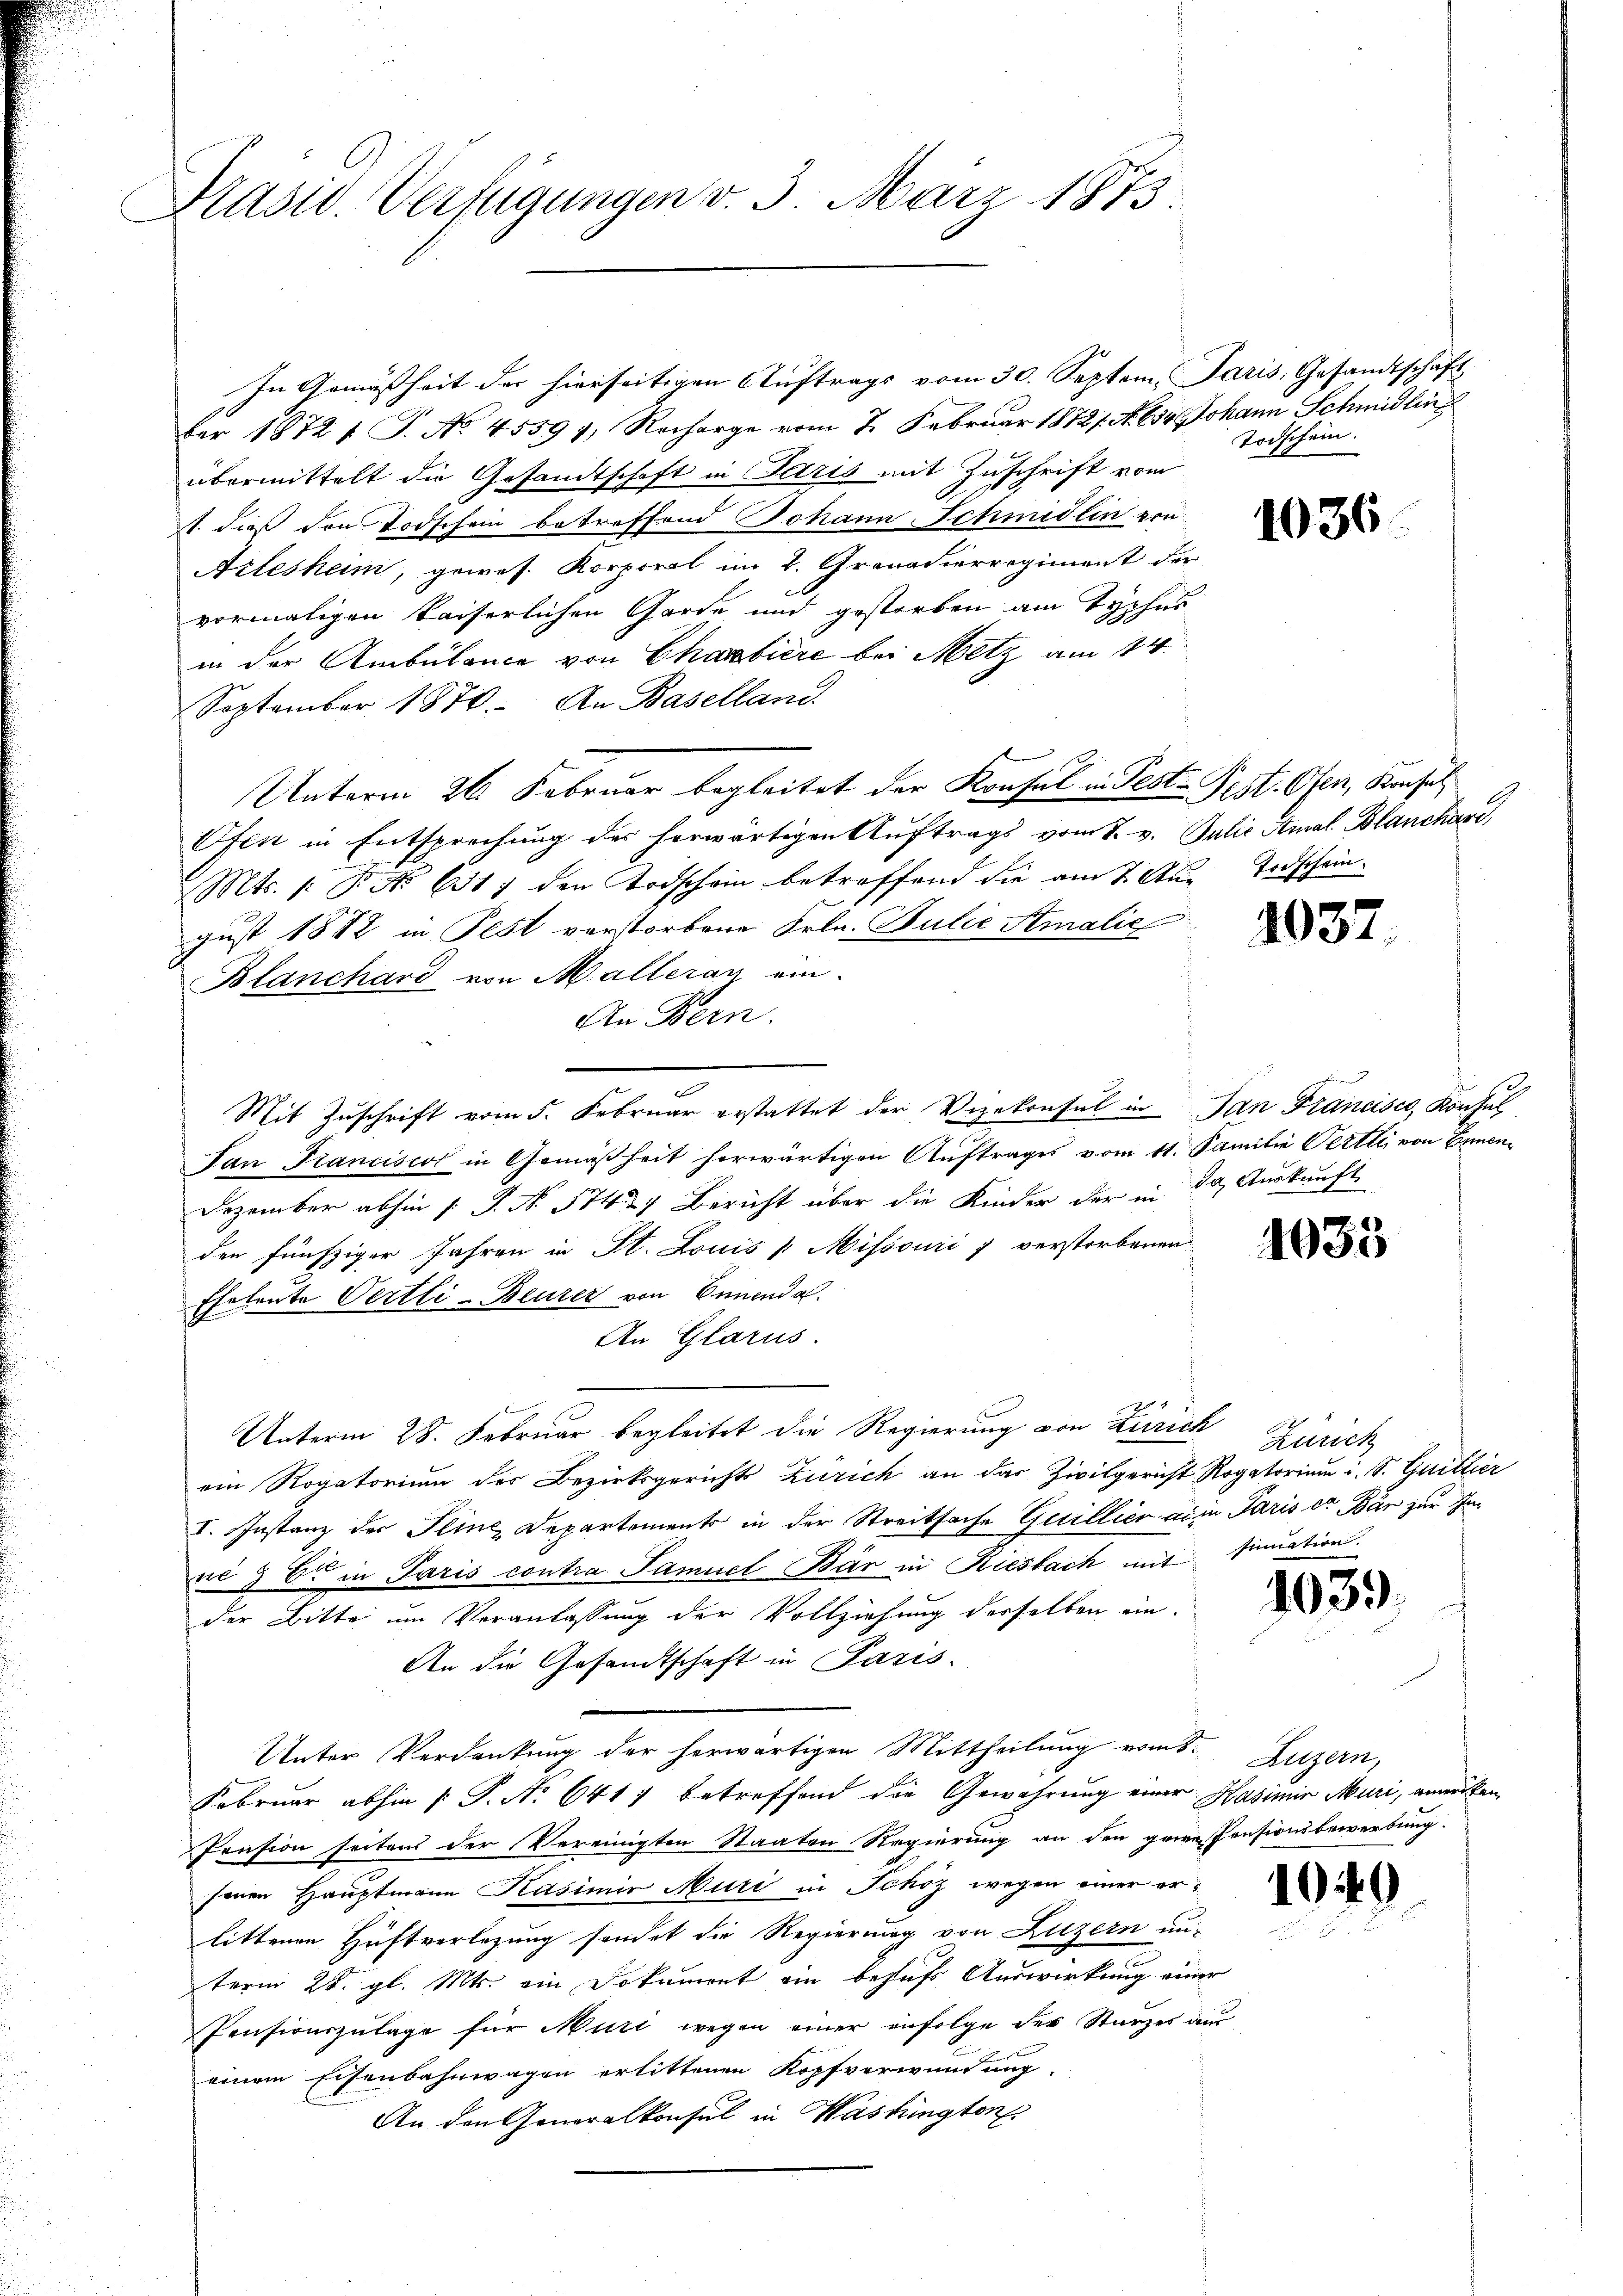
Präsid. Verfügungen v. 3. März 1873.

In Gemäßheit der hierseitigen Auftrags vom 30. Septem. Paris, Gesandtschaft
Fer 1872 f. J. No. 4559 f. Recharge vom 7. Februar 18721. No. 654 Johann Schmidlin
übermittelt die Gesandtschaft in Oetris mit Zuschrift vom
1. dieß den Todschein betreffend Johann Schmidlin von
Arlesheim, gewes. Korporal im 2. Granadierregiment der
vormaligen kaiserlichen Garte und gestorben am Tychus
in der Ambülance von Chanbiere bei Metz am 14.
September 1870. An Baselland.
Unterm 26. Februar begleitet der Konsul in Fest-Fest. Ofen, Konsul
Ofen in Entsprechung des herwärtigen Auftrags vom 7. v. Julis Amal Blanchard,
Mts. (: B. No 6317 den Todschein betreffend die am 7. Aug.
gust 1882 in Fest verstorbene Frln. Bulić Amalić
Blanchard von M. alleray ein
An Bern.
Mit Zuschrift vom 5. Februar erstattet der Vizekonsul in San Francisco, Konsul
San Franciscot in Gemäßheit herwärtigen Auftrages vom 11. Familie Pertli von Ernen¬
Dezember abhin [ P. N. 51427 Bericht über die Kinder der in da Auskunft
den fünfziger Jahren in St. Louis /: Missouri verstorbenen
Eheleute Oertli - Beurer von Ennenda
An Glarus.
Unterm 28. Februar begleitet die Regierung von Zürich
ein Rogatorium des Bezirksgericht Zürich an das Zivilgericht Rogatorium i. S. Guillier
I. Instanz der Seine Departements in der Streitsache Guillier an in Paris der Bär zur Inve 3 Er in Paris contra Samuel Bär in Riesbach mit sinuation.
der Bitte um Veranlassung der Vollziehung desselben ein-
An die Gesandtschaft in Paris.
Unter Verdankung der herwärtigen Mittheilŭng vom 8. Luzern,
Februar abhin P. P. Nr. 641) betreffend die Gewahrung einer Hasimir Muri, anwerken
Pension seitens der Vereinigten Staaten Regierung an den gewesensionsbewerbung.
senen Hauptmann Kasimir Muri in Schöz wegen einer erlittenen Hüftverlegung sendet die Regierung von Luzern un-
term 28. gl. Mts. ein Dokument ein behufs Auswirkung einer
Pensionszulage für Muri wegen einer infolge der Sturzes aus
einem Eisenbahnwagen erlittenen Kopfverwundung.
An den Generalkonsul in Washington

Todschein.

1036.

Troschein.

1037.

1033

Zürich

1039.

1040